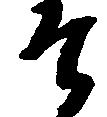
そ